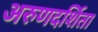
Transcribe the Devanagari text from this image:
अरुणदर्शिता